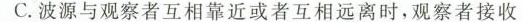
C.波源与观察者互相靠近或者互相远离时，观察者接收